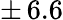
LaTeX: \pm\, 6.6